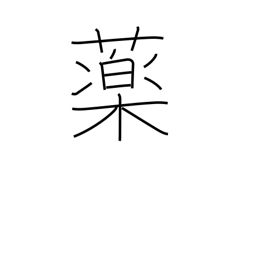
Meaning: enamel